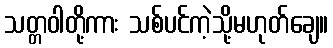
သတ္တဝါတို့ကား သစ်ပင်ကဲ့သို့မဟုတ်ချေ။